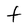
Character: t